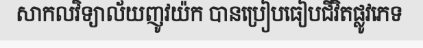
សាកលវិទ្យាល័យញូវយ៉ក បានប្រៀបធៀបជីវិតផ្លូវភេទ